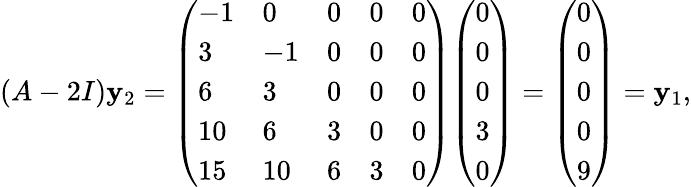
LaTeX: (A-2I)\mathbf{y}_{2}={\left(\begin{array}{lllll}{-1}&{0}&{0}&{0}&{0}\\ {3}&{-1}&{0}&{0}&{0}\\ {6}&{3}&{0}&{0}&{0}\\ {10}&{6}&{3}&{0}&{0}\\ {15}&{10}&{6}&{3}&{0}\end{array}\right)}{\left(\begin{array}{l}{0}\\ {0}\\ {0}\\ {3}\\ {0}\end{array}\right)}={\left(\begin{array}{l}{0}\\ {0}\\ {0}\\ {0}\\ {9}\end{array}\right)}=\mathbf{y}_{1},